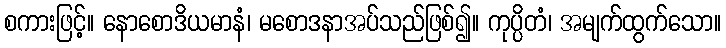
စကားဖြင့်။ နောစောဒိယမာနံ၊ မစောဒနာအပ်သည်ဖြစ်၍။ ကုပ္ပိတံ၊ အမျက်ထွက်သော။